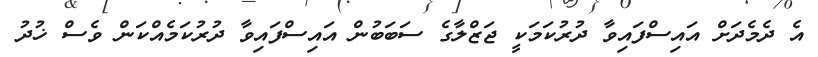
އެ ދެމެދަށް އައިސްފައިވާ ދުރުކަމަކީ ޖަޒްލާގެ ސަބަބުން އައިސްފައިވާ ދުރުކަމެއްކަން ވެސް ޚުދު